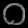
Digit: ၀